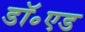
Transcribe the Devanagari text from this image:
डॉ॰एड